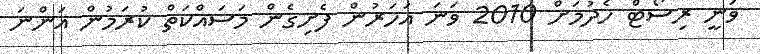
ވަނީ ރިސޯޓް ހެދުމަށް 2010 ވަނަ އަހަރުން ފެށިގެން މަސައްކަތް ކުރަމުން އަންނަ